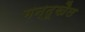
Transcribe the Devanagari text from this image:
मन्दूखैल